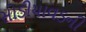
સોડીયાવડની